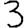
Digit: 3